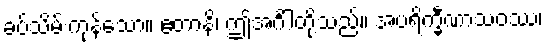
ခပ်သိမ်းကုန်သော။ ဧတာနိ၊ ဤအင်္ဂါတို့သည်။ အပရိက္ခီဏာသဝဿ၊